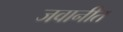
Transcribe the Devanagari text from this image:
जवानीत